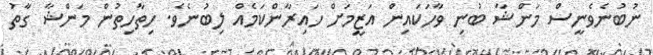
ނުބުނެވެނީސް މަންޝާ ބުނި ވާހަކައިން އަޒީމަށް ހައިރާންކަމެއް ލިބުނެވެ. ހިތާހިތުން މަންޝާ ގާތު